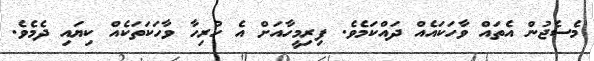
މެސެޖުން އެތައް ވާހަކައެއް ދައްކަމެވެ. ފިރިމީހާއަށް އެ ހުރިހާ ވާހަކަތަކެއް ކިޔައި ދެމެވެ.